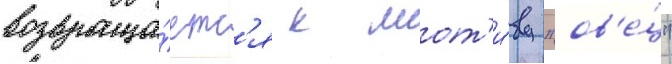
возвраща́етс'я к мот'и́ву "ов'е́ц"